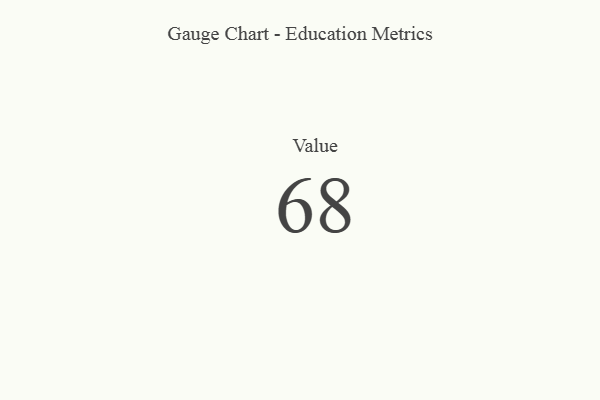
{"axis": {"x": "Metric", "y": "Value"}, "legend": [""], "data": [{"x": "Value", "y": 68, "type": ""}]}